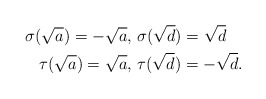
\begin{align*} \sigma(\sqrt{a})=-\sqrt{a},\ &\sigma(\sqrt{d})=\sqrt{d}\\ \tau(\sqrt{a})=\sqrt{a},\ &\tau(\sqrt{d})=-\sqrt{d}.\end{align*}